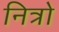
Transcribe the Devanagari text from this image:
नित्रो